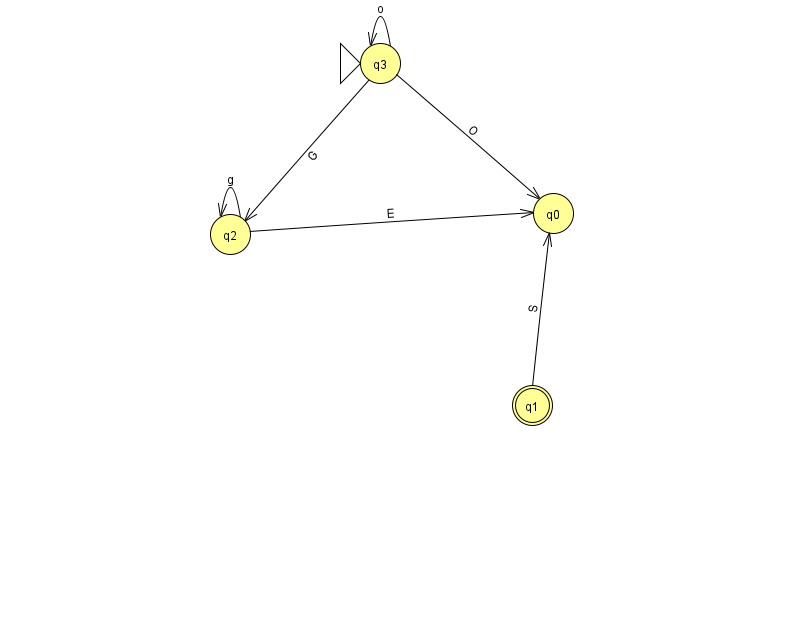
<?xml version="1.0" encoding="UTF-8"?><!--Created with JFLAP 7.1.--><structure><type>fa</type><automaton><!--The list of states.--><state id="0" name="q0"><x>553.0</x><y>200.0</y></state><state id="1" name="q1"><x>532.0</x><y>392.0</y><final/></state><state id="2" name="q2"><x>230.0</x><y>221.0</y></state><state id="3" name="q3"><x>380.0</x><y>50.0</y><initial/></state><!--The list of transitions.--><transition><from>1</from><to>0</to><read>S</read></transition><transition><from>2</from><to>0</to><read>E</read></transition><transition><from>3</from><to>0</to><read>O</read></transition><transition><from>2</from><to>2</to><read>g</read></transition><transition><from>3</from><to>2</to><read>G</read></transition><transition><from>3</from><to>3</to><read>o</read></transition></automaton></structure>